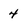
Character: 4